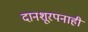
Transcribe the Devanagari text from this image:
दानशूरपनाही